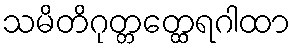
သမိတိဂုတ္တတ္ထေရဂါထာ